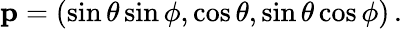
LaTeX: \mathrm{\mathbf p}=(\sin\theta\sin\phi,\cos\theta,\sin\theta\cos\phi)\, .